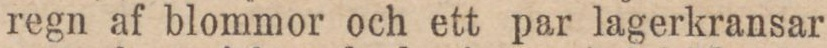
regn af blommor och ett par lagerkransar